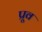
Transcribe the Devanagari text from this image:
प्रूव